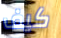
كيف